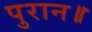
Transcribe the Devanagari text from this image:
पुरान॥